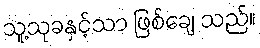
သူ့သုခနှင့်သာ ဖြစ်ချေ သည်။